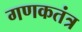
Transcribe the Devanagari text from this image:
गणकतंत्र